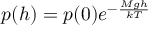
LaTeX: p ( h ) = p ( 0 ) e ^ { - { \frac { M g h } { k T } } }